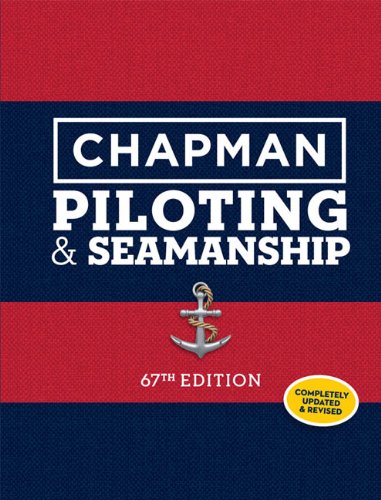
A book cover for Chapman Piloting & Seamanship 67th Edition (Chapman Piloting, Seamanship and Small Boat Handling); Sports & Outdoors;